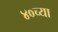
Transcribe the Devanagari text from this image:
४०च्या